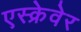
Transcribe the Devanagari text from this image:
एस्क्रेवेर